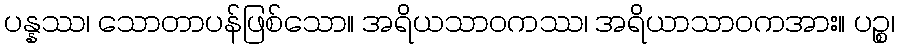
ပန္နဿ၊ သောတာပန်ဖြစ်သော။ အရိယသာဝကဿ၊ အရိယာသာဝကအား။ ပဉ္စ၊